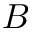
B